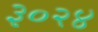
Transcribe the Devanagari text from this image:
३०२४